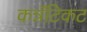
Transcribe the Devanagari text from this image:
कन्नॅटिकट